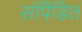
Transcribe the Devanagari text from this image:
संपिंडित